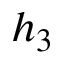
h _ { 3 }